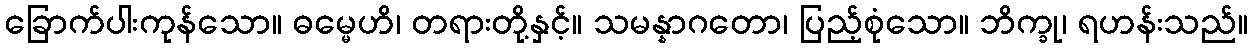
ခြောက်ပါးကုန်သော။ ဓမ္မေဟိ၊ တရားတို့နှင့်။ သမန္နာဂတော၊ ပြည့်စုံသော။ ဘိက္ခု၊ ရဟန်းသည်။